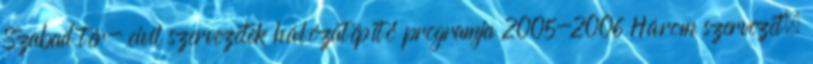
Szabad tér- civil szervezetek hálózatépítő programja 2005-2006 Három szervezet,